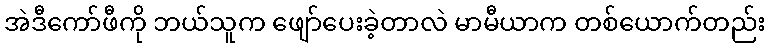
အဲဒီကော်ဖီကို ဘယ်သူက ဖျော်ပေးခဲ့တာလဲ မာမီယာက တစ်ယောက်တည်း